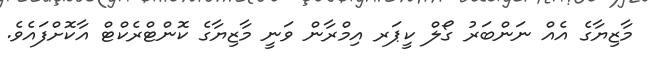
މާޒިޔާގެ އެއް ނަންބަރު ގޯލް ކީޕަރ އިމްރާން ވަނީ މާޒިޔާގެ ކޮންޓްރެކްޓް އާކޮށްފައެވެ.